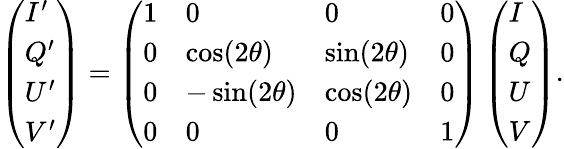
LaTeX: \begin{array}{r}{\left(\begin{array}{l}{I^{\prime}}\\ {Q^{\prime}}\\ {U^{\prime}}\\ {V^{\prime}}\end{array}\right)=\left(\begin{array}{llll}{1}&{0}&{0}&{0}\\ {0}&{\cos(2\theta)}&{\sin(2\theta)}&{0}\\ {0}&{-\sin(2\theta)}&{\cos(2\theta)}&{0}\\ {0}&{0}&{0}&{1}\end{array}\right)\left(\begin{array}{l}{I}\\ {Q}\\ {U}\\ {V}\end{array}\right).}\end{array}